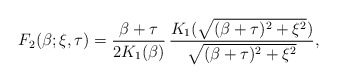
\begin{align*}F_{2}(\beta; \xi, \tau) = \frac{\beta+\tau}{2K_{1}(\beta)}\, \frac{K_{1}(\sqrt{(\beta+\tau)^{2} + \xi^{2}})}{\sqrt{(\beta+\tau)^{2}+\xi^{2}}},\end{align*}